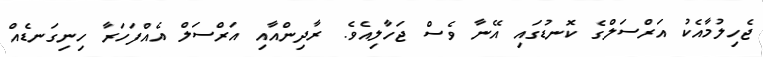
ޖެހިލުމާއެކު އަރްސަލްގެ ކޮނޑުގައި އޭނާ ވެސް ޖަހާލިއެވެ. ރާދިންއާއި އަރްސަލް އެއްފަހަރާ ހިނިގަނޑެއް